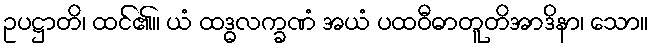
ဥပဋ္ဌာတိ၊ ထင်၏။ ယံ ထဒ္ဓလက္ခဏံ အယံ ပထဝီဓာတူတိအာဒိနာ၊ သော။